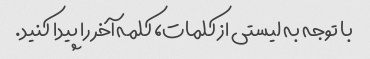
با توجه به لیستی از کلمات، کلمه آخر را پیدا کنید.